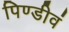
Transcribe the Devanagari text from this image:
पिण्डीवं